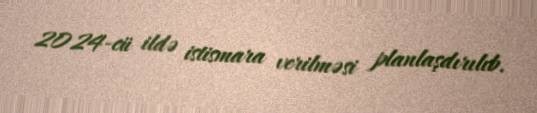
2024-cü ildə istismara verilməsi planlaşdırılıb.